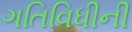
ગતિવિધીની